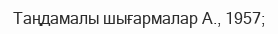
Таңдамалы шығармалар А., 1957;